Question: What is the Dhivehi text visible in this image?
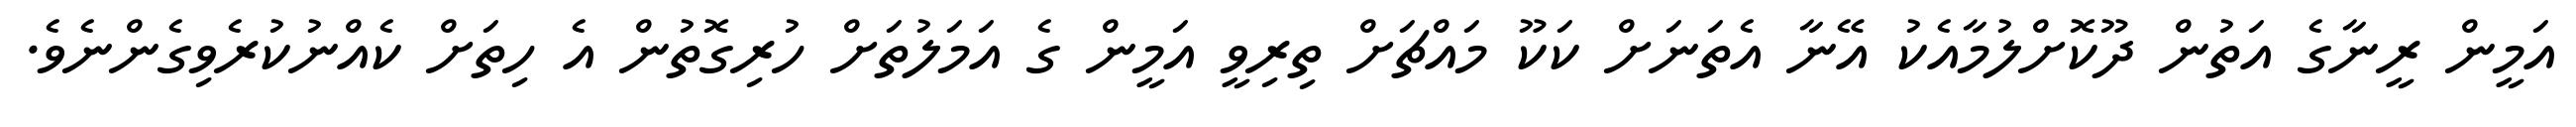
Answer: އަމީން ރީނާގެ އަތުން ދޫކޮށްލުމާއެކު އޭނާ އެތަނަށް ކަކޫ މައްޗަށް ތިރިވީ އަމީން ގެ އަމަލުތަށް ހުރިގޮތުން އެ ހިތަށް ކެއްނުކުރެވިގެންނެވެ.